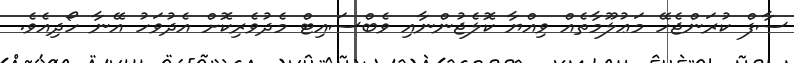
ސާފް ކުރަންޖެހޭ މަޢުލޫމާތެއް ވިއްޔާ ކޮލެޖުންނާއި ވެބްސައިޓް މެދުވެރިކޮށް އެދުވަހު އޭނާ ހޯދިއެވެ.